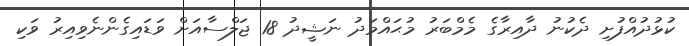
ކުޅުދުއްފުށި ދެކުނު ދާއިރާގެ މެމްބަރު މުޙައްމަދު ނަޝީދު 18 ޖަލްސާއަށް ވަޑައިގެންނެވިއިރު ވަކި